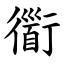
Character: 衟